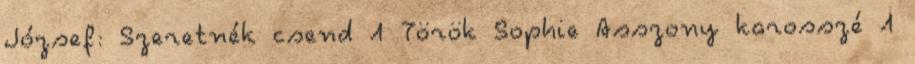
József: Szeretnék csend 1 Török Sophie Asszony karosszé 1